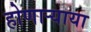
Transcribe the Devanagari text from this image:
होणार्‍याया